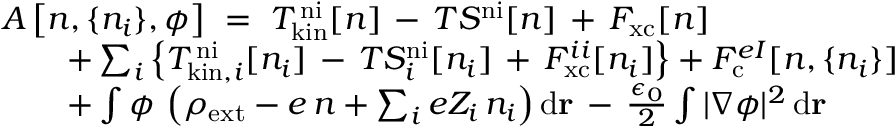
\begin{array} { r l } & { A \left[ n , \{ n _ { i } \} , \phi \right] \ = \ T _ { \mathrm { k i n } } ^ { \mathrm { \, n i } } [ n ] \, - \, T S ^ { \mathrm { n i } } [ n ] \, + \, F _ { \mathrm { x c } } [ n ] } \\ & { \qquad + \sum _ { i } \left\{ T _ { \mathrm { k i n } , i } ^ { \mathrm { \, n i } } [ n _ { i } ] \, - \, T S _ { i } ^ { \mathrm { n i } } [ n _ { i } ] \, + \, F _ { \mathrm { x c } } ^ { i i } [ n _ { i } ] \right\} + F _ { \mathrm { c } } ^ { e I } [ n , \{ n _ { i } \} ] } \\ & { \qquad + \int \phi \, \left( \rho _ { \mathrm { e x t } } - e \, n + \sum _ { i } e Z _ { i } \, n _ { i } \right) \mathrm { d } \mathbf { r } \, - \, \frac { \epsilon _ { 0 } } { 2 } \int | \nabla \phi | ^ { 2 } \, \mathrm { d } \mathbf { r } } \end{array}